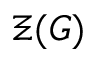
\Xi ( G )